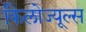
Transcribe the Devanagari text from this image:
किलोज्यूल्स